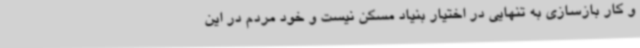
و کار بازسازی به تنهایی در اختیار بنیاد مسکن نیست و خود مردم در این